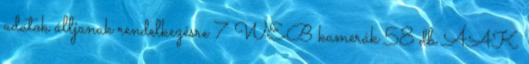
adatok álljanak rendelkezésre 7 WEB kamerák 58 db ÁAK